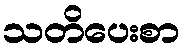
သတိပေးစာ